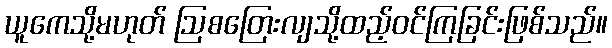
ယူကေသို့မဟုတ် ဩစတြေးလျသို့ထည့်ဝင်ကြခြင်းဖြစ်သည်။